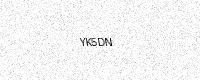
Text: YK5DN